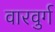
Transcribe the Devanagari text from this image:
वारवुर्ग